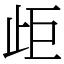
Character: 歫